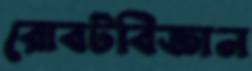
রোবটবিজ্ঞান